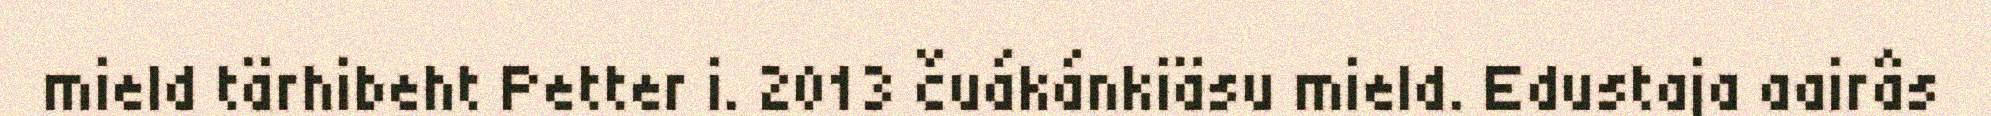
mield tärhibeht Petter i. 2013 čuákánkiäsu mield. Edustaja aairâs